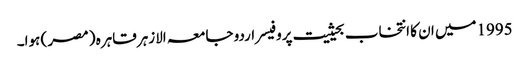
1995میں ان کا انتخاب بحیثیت پروفیسر اردو جامعہ الازہر قاہرہ ( مصر ) ہوا۔